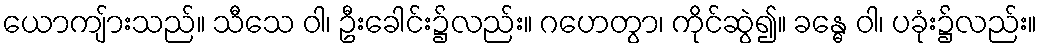
ယောကျ်ားသည်။ သီသေ ဝါ၊ ဦးခေါင်း၌လည်း။ ဂဟေတွာ၊ ကိုင်ဆွဲ၍။ ခန္ဓေ ဝါ၊ ပခုံး၌လည်း။